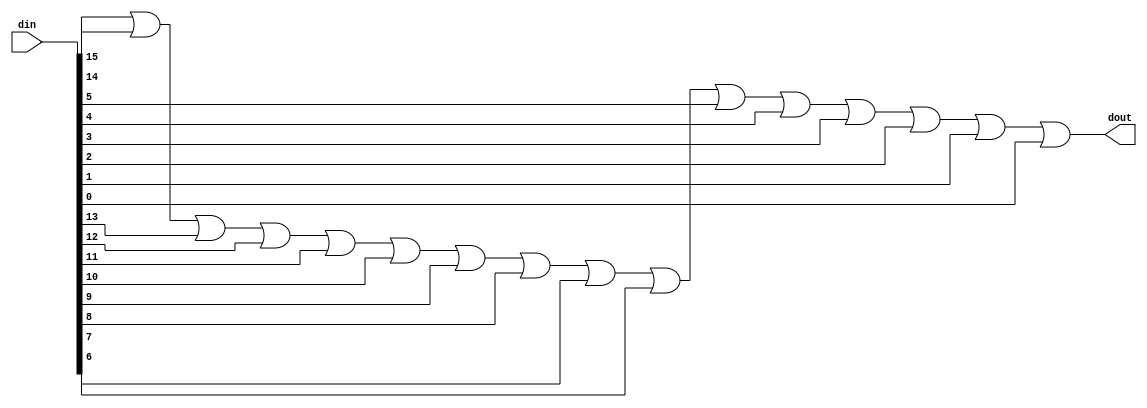
`timescale 1ns / 1ps

// ALICE/PHOS SRU
// Equivalent SRU = SRUV3FM2015071611_EMCal
// Fan Zhang. 16 July 2015

module RegValCheck(
	input [15:0] din,
	output dout
    );

assign dout = din[15]|din[14]|din[13]|din[12]|din[11]|din[10]|din[9]|din[8]
|din[7]|din[6]|din[5]|din[4]|din[3]|din[2]|din[1]|din[0];

endmodule